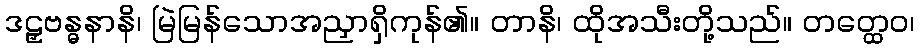
ဒဠှဗန္ဓနာနိ၊ မြဲမြန်သောအညှာရှိကုန်၏။ တာနိ၊ ထိုအသီးတို့သည်။ တတ္ထေဝ၊